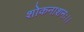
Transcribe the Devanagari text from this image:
शोकनाशनः।।